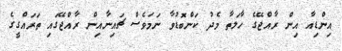
އިންޑިއާ އިން ރާއްޖޭގެ ހާލަތާ މެދު ކަންބޮޑުވާ ނަމަވެސް ޗައިނާއިން ރާއްޖޭގައި ތަރައްގީގެ